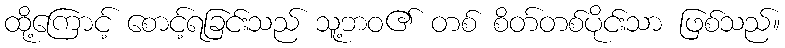
ထို့ကြောင့် စောင့်ရခြင်းသည် သူ့ဘဝ၏ တစ် စိတ်တစ်ပိုင်းသာ ဖြစ်သည်။